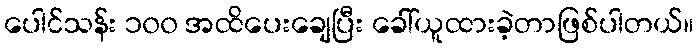
ပေါင်သန်း ၁၀၀ အထိပေးချေပြီး ခေါ်ယူထားခဲ့တာဖြစ်ပါတယ်။